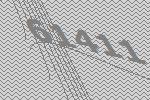
61411